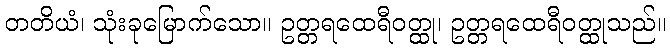
တတိယံ၊ သုံးခုမြောက်သော။ ဥတ္တရထေရီဝတ္ထု၊ ဥတ္တရထေရီဝတ္ထုသည်။